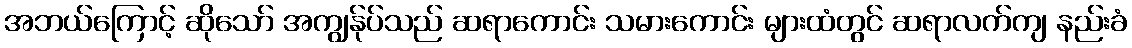
အဘယ်ကြောင့် ဆိုသော် အကျွန်ုပ်သည် ဆရာကောင်း သမားကောင်း များထံတွင် ဆရာလက်ကျ နည်းခံ